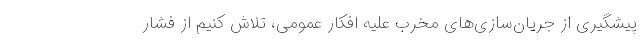
پیشگیری از جریان‌سازی‌های مخرب علیه افکار عمومی، تلاش کنیم از فشار